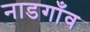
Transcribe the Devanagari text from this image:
नाडगाँव